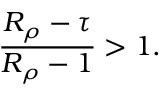
\frac { R _ { \rho } - \tau } { R _ { \rho } - 1 } > 1 .